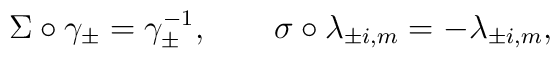
\Sigma \circ \gamma_\pm = \gamma_\pm^{-1}, \qquad \sigma \circ\lambda_{\pm i, m} = - \lambda_{\pm i, m},